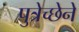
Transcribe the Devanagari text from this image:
पुत्रेच्छेने